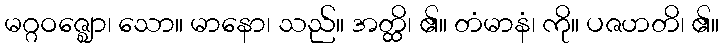
မဂ္ဂဝဇ္ဈော၊ သော။ မာနော၊ သည်။ အတ္ထိ၊ ၏။ တံမာနံ၊ ကို။ ပဇဟတိ၊ ၏။